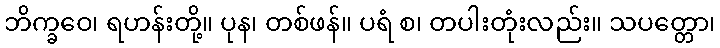
ဘိက္ခဝေ၊ ရဟန်းတို့။ ပုန၊ တစ်ဖန်။ ပရံ စ၊ တပါးတုံးလည်း။ သပတ္တော၊